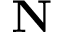
\mathbf { N }